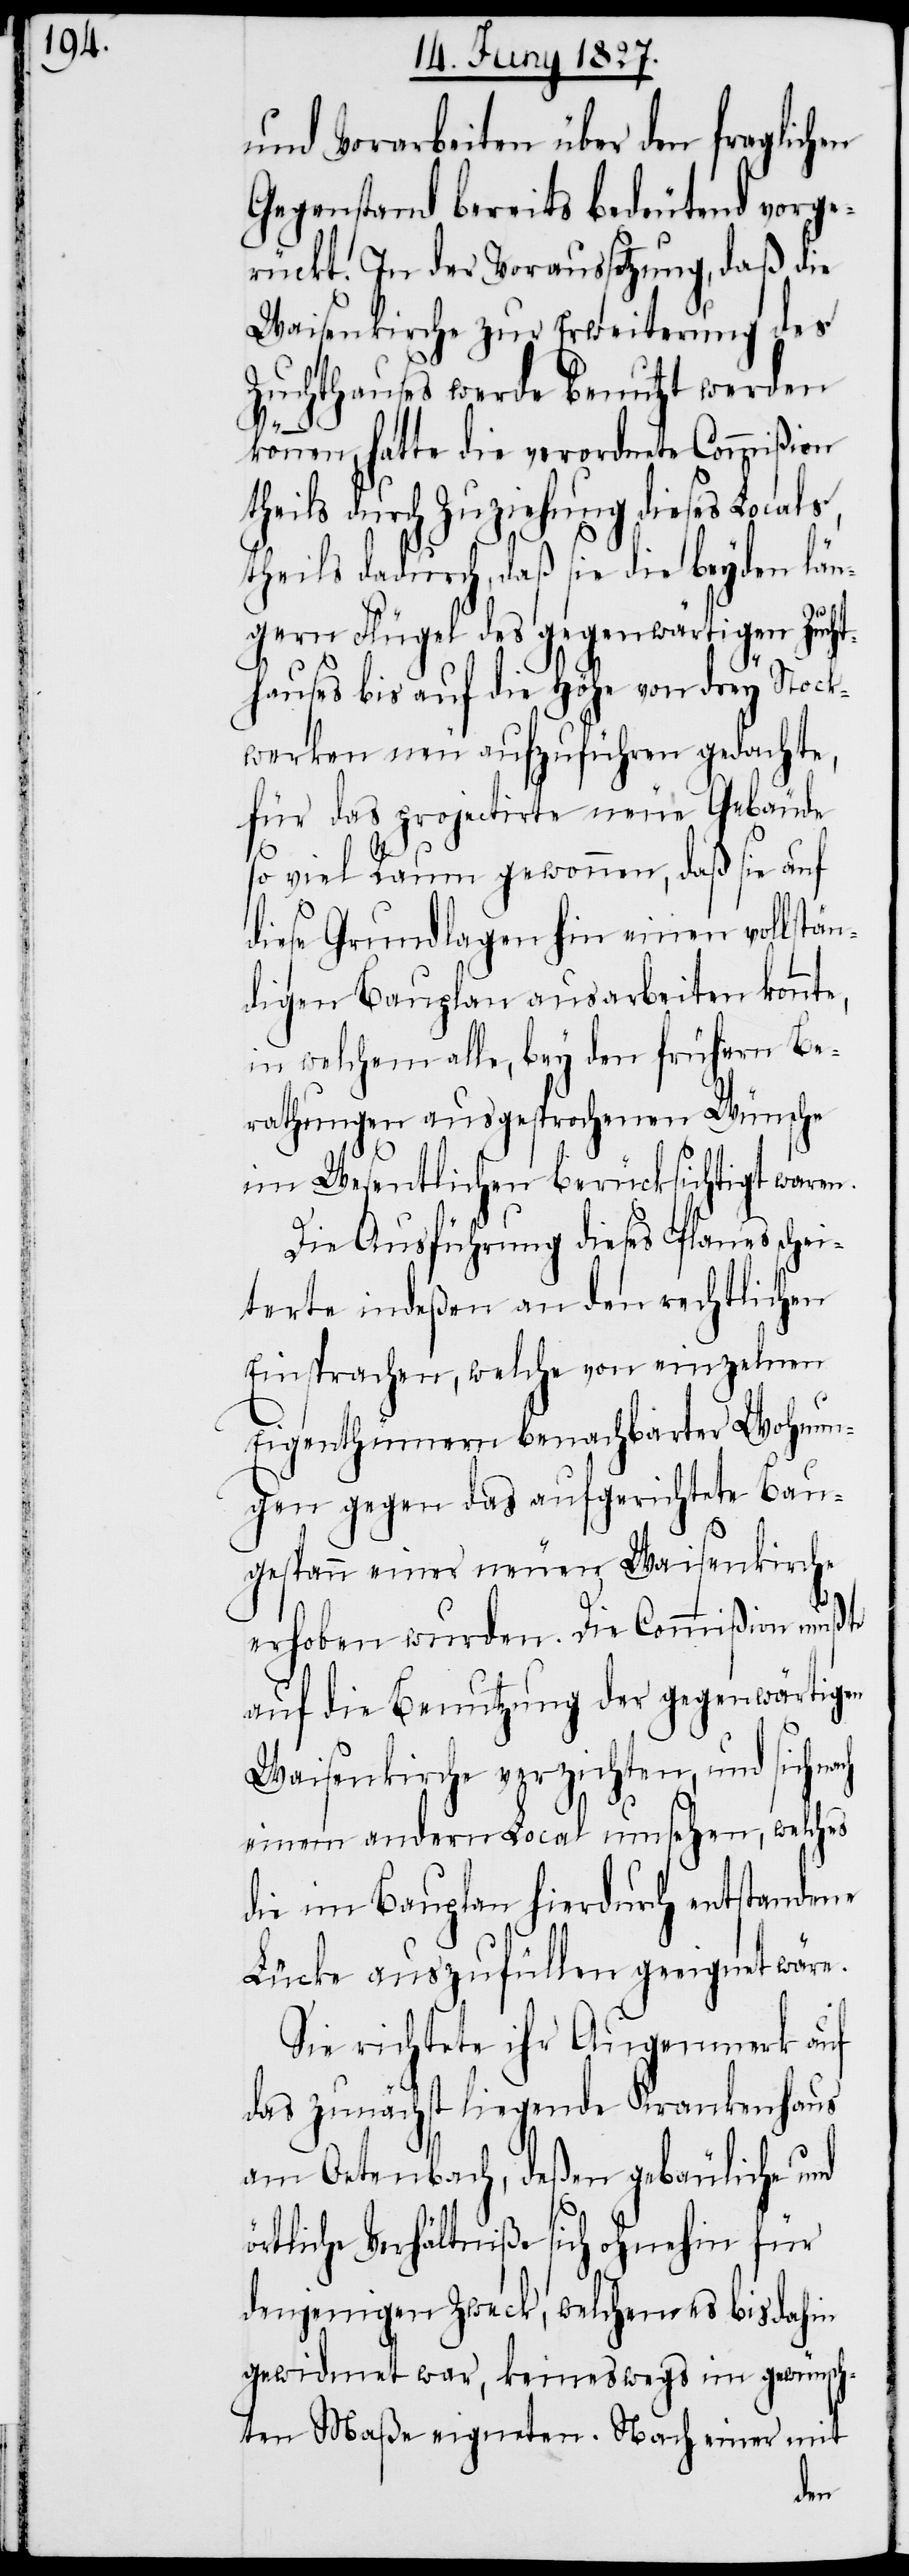
und Vorarbeiten über den fraglichen
Gegenstand bereits bedeutend vorge¬
rückt. In der Voraussetzung, daß die
Waisenkirche zur Erweiterung des
Zuchthauses werde benutzt werden
e,
können, hatte die verordnete Commißion
theils durch Zuziehung dieses Local¬
theils dadurch, daß sie die beyden län¬
gern Flügel des gegenwärtigen Zucht¬
hauses bis auf die Höhe von drey Stock¬
werken neu aufzuführen gedachte,
für das projectirte neue Gebäude
so viel Raum gewonnen, daß sie auf
diese Grundlagen hin einen vollstän¬
digen Bauplan ausarbeiten konnt¬
in welchem alle, bey den frühern Be¬
rathungen ausgesprochenen Wünsche
im Wesentlichen berücksichtigt waren.
Die Ausführung dieses Planes schei¬
terte indeßen an den rechtlichen
Einsprachen, welche von einzelnen
Eigenthümern benachbarter Wohnun¬
gen gegen das aufgerichtet Bau¬
gespann einer neuen Waisenkirche
erhoben wurden. Die Commißion mußte
auf diese Benutzung der gegenwärtigen
Waisenkirche verzichten, und sich
einem andern Local umsehen, welches
die im Bauplan hierdurch entstandene
Lücke auszufüllen geeignet wäre.
Sie richtete ihr Augenmerk auf
das zunächst liegende Krankenhaus
am Oetenbach, deßen gebäuliche und
örtliche Verhältniße sich ohnehin für
denjenigen Zweck, welchen es bis dahin
gewidmet war, keineswegs im gewünsch¬
ten Maße eigneten. Nach einer mit